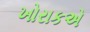
ખોરાકએ